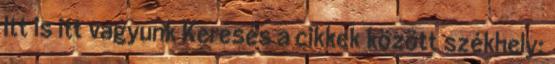
Itt is itt vagyunk Keresés a cikkek között székhely: